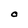
Character: O